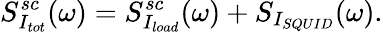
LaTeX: S_{I_{tot}}^{sc}(\omega)=S_{I_{load}}^{sc}(\omega)+S_{I_{SQUID}}(\omega).